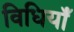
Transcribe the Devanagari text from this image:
विधियाँं